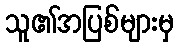
သူ၏အပြစ်များမှ